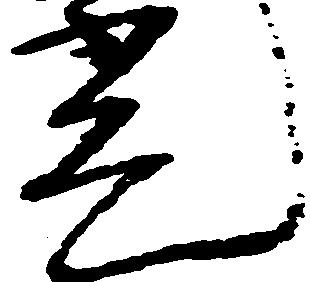
光